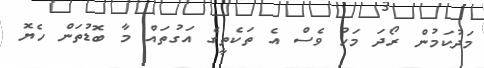
މަދުކަމުން ރޯދަ މަހު ވެސް އެ ތަކެތީގެ އަގުތައް މާ ބޮޑުތަން ހެޔޮ